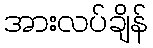
အားလပ်ချိန်